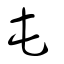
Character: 屯